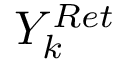
Y _ { k } ^ { R e t }